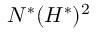
N ^ { * } ( H ^ { * } ) ^ { 2 }